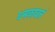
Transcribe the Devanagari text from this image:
धमकावलं